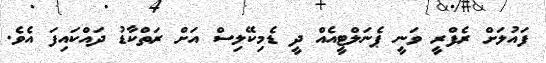
ފައުލަށް ރެފްރީ ވަނީ ޕެނަލްޓީއެއް ދީ ޑެމިކޭލިސް އަށް ރަތްކާޑު ދައްކައިފަ އެވެ.